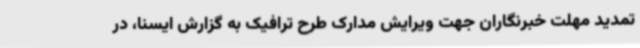
تمدید مهلت خبرنگاران جهت ویرایش مدارک طرح ترافیک به گزارش ایسنا، در